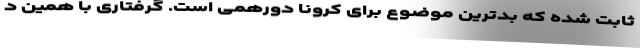
ثابت شده که بدترین موضوع برای کرونا دورهمی است. گرفتاری با همین د